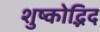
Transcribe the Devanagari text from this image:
शुष्कोद्भिद